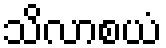
သိလာစယံ